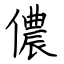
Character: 儂